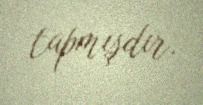
tapmışdır.